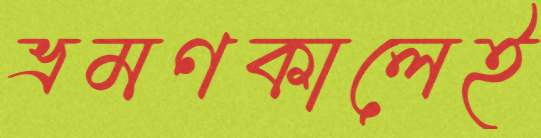
ভ্রমণকালেই